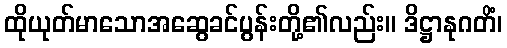
ထိုယုတ်မာသောအဆွေခင်ပွန်းတို့၏လည်း။ ဒိဋ္ဌာနုဂတိံ၊